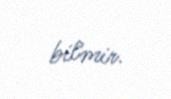
bilmir.